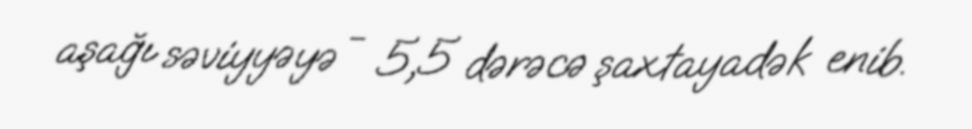
aşağı səviyyəyə - 5,5 dərəcə şaxtayadək enib.